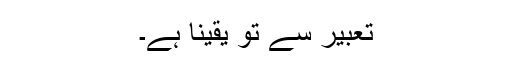
تعبیر سے تو یقیناً ہے۔